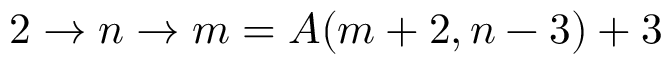
2 \rightarrow n \rightarrow m = A ( m + 2 , n - 3 ) + 3